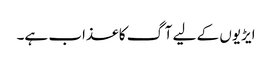
ایڑیوں کے لیے آگ کا عذاب ہے۔